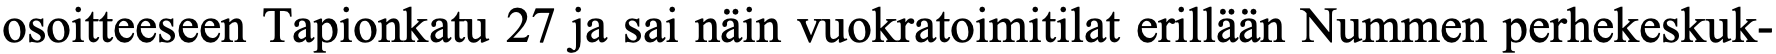
osoitteeseen Tapionkatu 27 ja sai näin vuokratoimitilat erillään Nummen perhekeskuk-